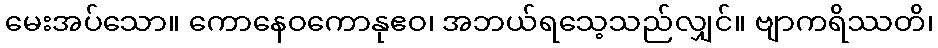
မေးအပ်သော။ ကောနေဝကောနုဧဝ၊ အဘယ်ရသေ့သည်လျှင်။ ဗျာကရိဿတိ၊